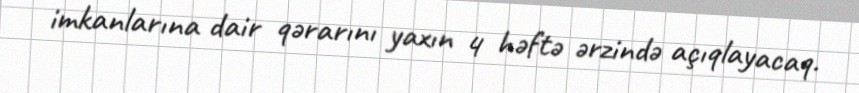
imkanlarına dair qərarını yaxın 4 həftə ərzində açıqlayacaq.